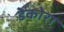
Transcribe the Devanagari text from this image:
डेकोरा